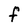
Character: F